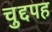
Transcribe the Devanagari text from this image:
चुद्दपह